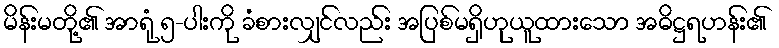
မိန်းမတို့၏ အာရုံ ၅-ပါးကို ခံစားလျှင်လည်း အပြစ်မရှိဟုယူထားသော အဓိဋ္ဌရဟန်း၏